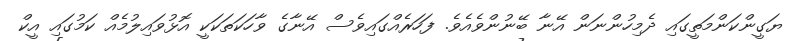
ޔަގީންކަންމަތީގައި ދެމިހުންނަން އޭނާ ބޭނުންވެއެވެ. ފަހަރެއްގައިވެސް އޭނާގެ ވާހަކަތަކަކީ އޮޅުވައިލުމެއް ކަމުގައި އީކް